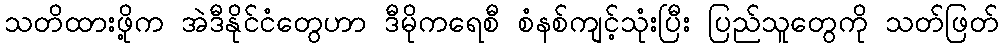
သတိထားဖို့က အဲဒီနိုင်ငံတွေဟာ ဒီမိုကရေစီ စံနစ်ကျင့်သုံးပြီး ပြည်သူတွေကို သတ်ဖြတ်